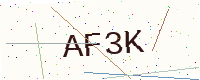
Text: AF3K